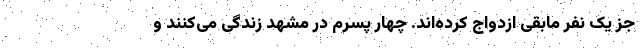
جز یک نفر مابقی ازدواج کرده‌اند. چهار پسرم در مشهد زندگی می‌کنند و